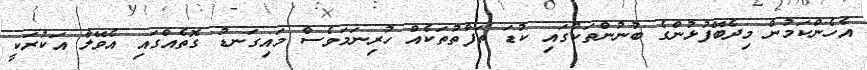
އެހެންކަމުން މިދެބޭފުޅުންގެ ބުނުންތަކުގައި ކުޑަ ތަފާތުތަކެއް ހުރިނަމަވެސް މައިގަނޑު ގޮތެއްގައި އެވޭލާ އަކުރަކީ